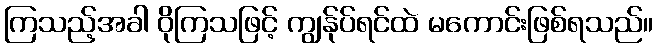
ကြသည့်အခါ ဝိုကြသဖြင့် ကျွန်ုပ်ရင်ထဲ မကောင်းဖြစ်ရသည်။